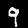
Digit: 9